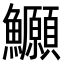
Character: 𫚆